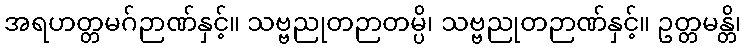
အရဟတ္တမဂ်ဉာဏ်နှင့်။ သဗ္ဗညုတဉာတမ္ပိ၊ သဗ္ဗညုတဉာဏ်နှင့်။ ဥတ္တမန္တိ၊